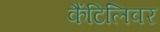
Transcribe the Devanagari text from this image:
कैंटिलिवर